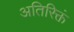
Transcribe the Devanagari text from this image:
अतिरिक्तं